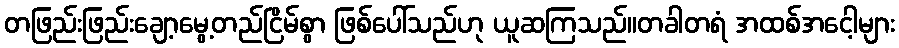
တဖြည်းဖြည်းချော့မွေ့တည်ငြိမ်စွာ ဖြစ်ပေါ်သည်ဟု ယူဆကြသည်။တခါတရံ အထစ်အငေါ့များ